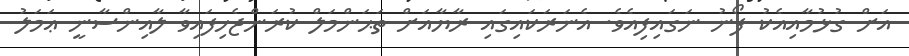
އަށް ގުޅުމާއިއެކު ފޯނު ނަގައިފިއެވެ. އެނަރަކައިގައި ރާޔާއަށް ތަޙަންމަލް ކުރަންޖެހިފައިވާ ލާއިންސާނީ ޢަމަލު